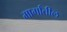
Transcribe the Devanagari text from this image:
मार्गांतील